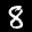
Label: 8